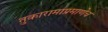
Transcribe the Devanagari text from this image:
तुकारामाप्रमाणेच